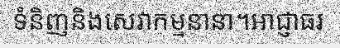
ទំនិញនិងសេវាកម្មនានា។អាជ្ញាធរ